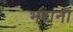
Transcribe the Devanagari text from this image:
भरानी